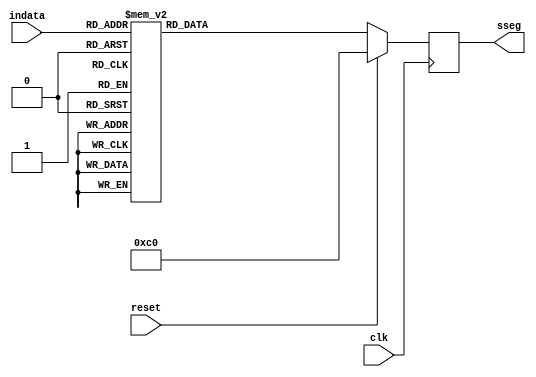
module sdDisplay(
    input [3:0] indata,
    input clk,
    output reg[7:0] sseg,
    input reset
    );
    
    always@(posedge clk)
    begin
        if(reset)
            sseg <= 8'b11000000;
        else
            case(indata)
                4'b0000: sseg <= 8'b11000000;
                4'b0001: sseg <= 8'b11111001;
                4'b0010: sseg <= 8'b10100100;
                4'b0011: sseg <= 8'b10110000;
                4'b0100: sseg <= 8'b10011001;
                4'b0101: sseg <= 8'b10010010;
                4'b0110: sseg <= 8'b10000010;
                4'b0111: sseg <= 8'b11111000;
                4'b1000: sseg <= 8'b10000000;
                4'b1001: sseg <= 8'b10011000;
                4'b1010: sseg <= 8'b10001000;
                4'b1011: sseg <= 8'b10000011;
                4'b1100: sseg <= 8'b10100111;
                4'b1101: sseg <= 8'b10100001;
                4'b1110: sseg <= 8'b10000110;
                4'b1111: sseg <= 8'b10001110;
                
                default: sseg = 8'b11111111;
                
            endcase
        end
    
endmodule